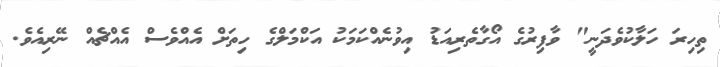
ތިހިރަ ހަލާކުވެދަނީ" ވާފިރުގެ އޯގާތެރިއަޑު އިވުނެއްކަމަކު އަކްމަލްގެ ހިތަށް އެއްވެސް އެއްޗެއް ނޭރިއެވެ.